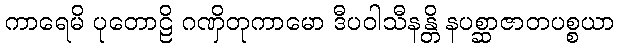
ကာရေမိ ပုတောဠိ ဂဏှိတုကာမော ဒီပဝါသီနန္တိ နပစ္ဆာဇာတပစ္စယာ